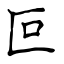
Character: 叵